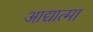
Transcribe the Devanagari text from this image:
आद्यात्मा